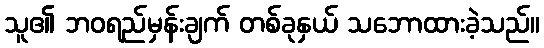
သူ၏ ဘဝရည်မှန်းချက် တစ်ခုနှယ် သဘောထားခဲ့သည်။